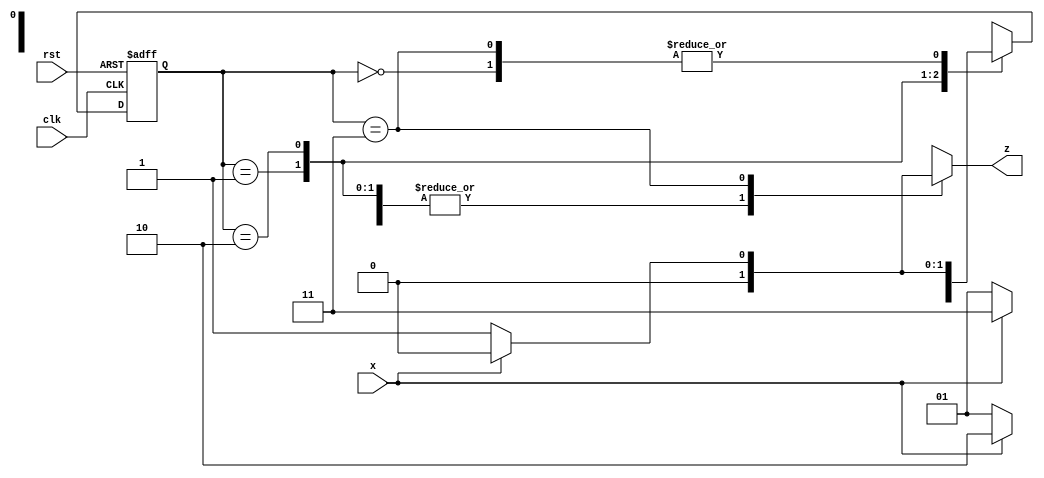
// Design of sequence detector

module seq_detector(x,clk,rst,z);
  input x,clk,rst;
  output reg z;
  parameter S0 = 0,S1 = 1,S2 = 2,S3 =3;
  reg[1:0]PS,NS;
  
  always@(posedge clk or posedge rst)begin
    if(rst)begin
      PS <= S0;
    end
    else begin
      PS <= NS;
    end
  end
  
  always @(PS,x)begin
    
    case(PS)
      S0:begin
        z = x?0:0;
        NS = x?S0:S1;
      end
      
      S1:begin
        z = x?0:0;
        NS = x?S2:S1;
      end
      
      S2:begin
        z = x?0:0;
        NS = x?S3:S1;
      end
      
      S3:begin
        z=x?0:1;
        NS = x?S0:S1;
      end
    endcase
  end
    
endmodule